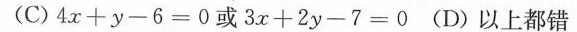
(C)$$4 x + y - 6 = 0$$ 或$$3 x + 2 y - 7 = 0$$ (D)以上都错